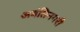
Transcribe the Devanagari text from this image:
अवंतिनगरी